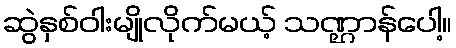
ဆွဲနှစ်ဝါးမျိုလိုက်မယ့် သဏ္ဌာန်ပေါ့။